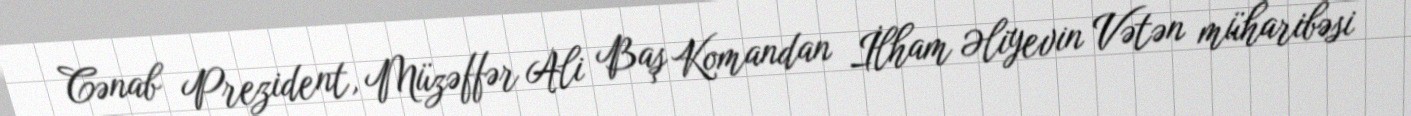
Cənab Prezident, Müzəffər Ali Baş Komandan İlham Əliyevin Vətən müharibəsi